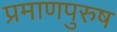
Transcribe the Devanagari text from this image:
प्रमाणपुरुष